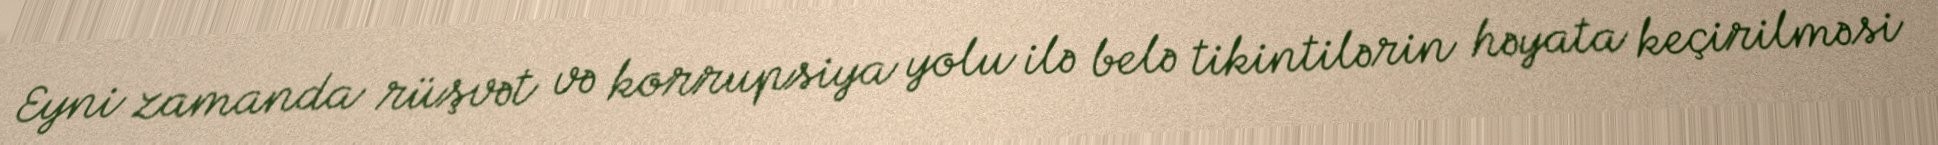
Eyni zamanda rüşvət və korrupsiya yolu ilə belə tikintilərin həyata keçirilməsi